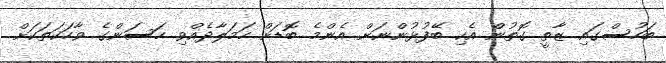
ބަހުސްގައި ޒާތީ ގޮތުން އެކި ބޭފުޅުންނަށް އެންމެ ބޮޑަށް ހަމަލާދެއްވި ހަސަންގެ ވާހަކަތަކަށް